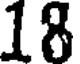
18